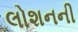
લોશનની